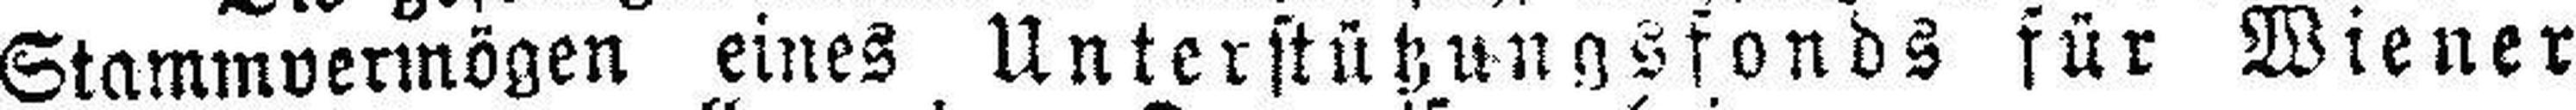
Stammvermögen eines Unterstützungsfonds für Wiener